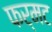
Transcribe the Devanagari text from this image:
फर्मट